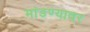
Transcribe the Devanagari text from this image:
मांडण्यावर